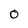
Character: 0